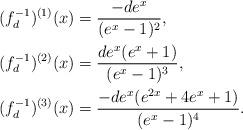
LaTeX: \begin{align*} (f_d^{-1})^{(1)}(x) & = \frac{-de^x}{(e^x-1)^2}, \\ (f_d^{-1})^{(2)}(x) &= \frac{de^x (e^x+1)}{(e^x-1)^3} , \\ (f_d^{-1})^{(3)}(x) &= \frac{-de^x (e^{2x}+4e^x+1)}{(e^x-1)^4} . \end{align*}